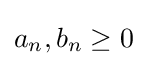
a_{n},b_{n}\geq 0